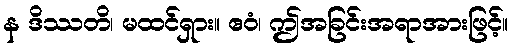
န ဒိဿတိ၊ မထင်ရှား။ ဧဝံ၊ ဤအခြင်းအရာအားဖြင့်။